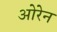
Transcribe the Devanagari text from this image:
ओरेन